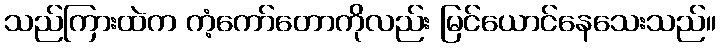
သည်ကြားထဲက ကံ့ကော်တောကိုလည်း မြင်ယောင်နေသေးသည်။